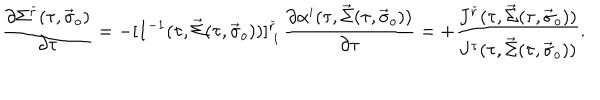
LaTeX: \frac { \partial \Sigma ^ { \check { r } } ( \tau , \vec { \sigma } _ { o } ) } { \partial \tau } = - [ I ^ { - 1 } ( \tau , \vec { \Sigma } ( \tau , \vec { \sigma } _ { o } ) ) ] _ { \; i } ^ { \check { r } } \, \frac { \partial \alpha ^ { i } ( \tau , \vec { \Sigma } ( \tau , \vec { \sigma } _ { o } ) ) } { \partial \tau } = + \frac { J ^ { \check { r } } ( \tau , \vec { \Sigma } ( \tau , \vec { \sigma } _ { o } ) ) } { J ^ { \tau } ( \tau , \vec { \Sigma } ( \tau , \vec { \sigma } _ { o } ) ) } .